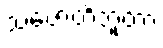
သဇောတိဘူတာ